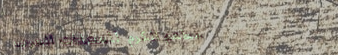
مطعم الكرم للعشاءات العرب